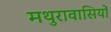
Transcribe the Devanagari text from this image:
मथुरावासियों